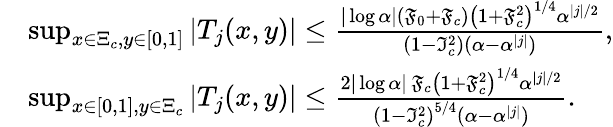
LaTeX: \begin{array}{rl}&{\operatorname*{sup}_{x\in\Xi_{c},y\in[0,1]}|T_{j}(x,y)|\leq\frac{|\log\alpha|(\mathfrak{F}_{0}+\mathfrak{F}_{c})\left(1+\mathfrak{F}_{c}^{2}\right)^{1/4}\alpha^{|j|/2}}{\left(1-\mathfrak{I}_{c}^{2}\right)(\alpha-\alpha^{|j|})},}\\ &{\operatorname*{sup}_{x\in[0,1],y\in\Xi_{c}}|T_{j}(x,y)|\leq\frac{2|\log\alpha|\, \mathfrak{F}_{c}\left(1+\mathfrak{F}_{c}^{2}\right)^{1/4}\alpha^{|j|/2}}{\left(1-\mathfrak{I}_{c}^{2}\right)^{5/4}(\alpha-\alpha^{|j|})}.}\end{array}